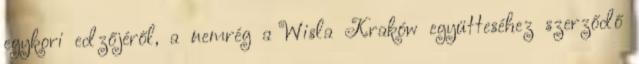
egykori edzőjéről, a nemrég a Wisla Kraków együtteséhez szerződő